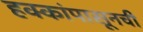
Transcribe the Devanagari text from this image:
हक्कांपासूनची